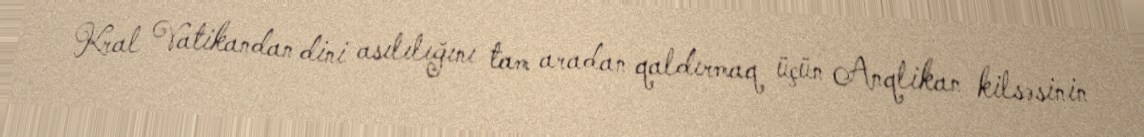
Kral Vatikandan dini asılılığını tam aradan qaldırmaq üçün Anqlikan kilsəsinin